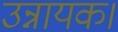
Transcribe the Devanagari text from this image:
उन्नायक।